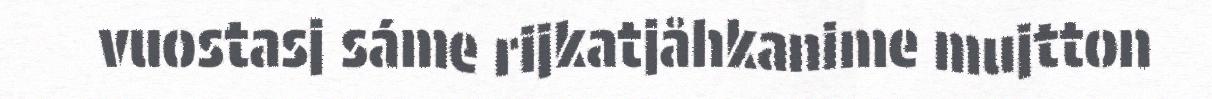
vuostasj sáme rijkatjåhkanime mujtton